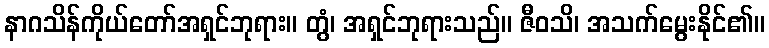
နာဂသိန်ကိုယ်တော်အရှင်ဘုရား။ တွံ၊ အရှင်ဘုရားသည်။ ဇီဝသိ၊ အသက်မွေးနိုင်၏။